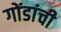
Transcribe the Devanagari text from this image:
गोंडांची